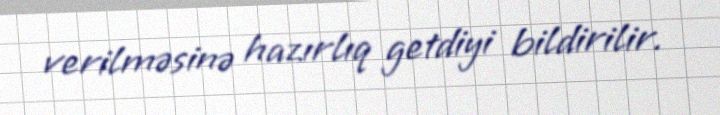
verilməsinə hazırlıq getdiyi bildirilir.